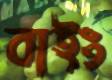
বাইং